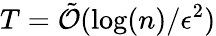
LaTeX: T=\tilde{\mathcal{O}}(\log(n)/\epsilon^{2})